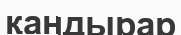
қандырар